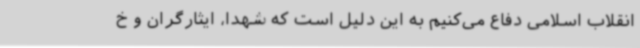
انقلاب اسلامی دفاع می‌کنیم به این دلیل است که شهدا، ایثارگران و خ